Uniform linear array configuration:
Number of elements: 32
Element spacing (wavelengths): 1
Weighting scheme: binomial
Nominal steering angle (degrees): -60
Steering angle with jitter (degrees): -58.594
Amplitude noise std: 0.05
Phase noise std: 0.05

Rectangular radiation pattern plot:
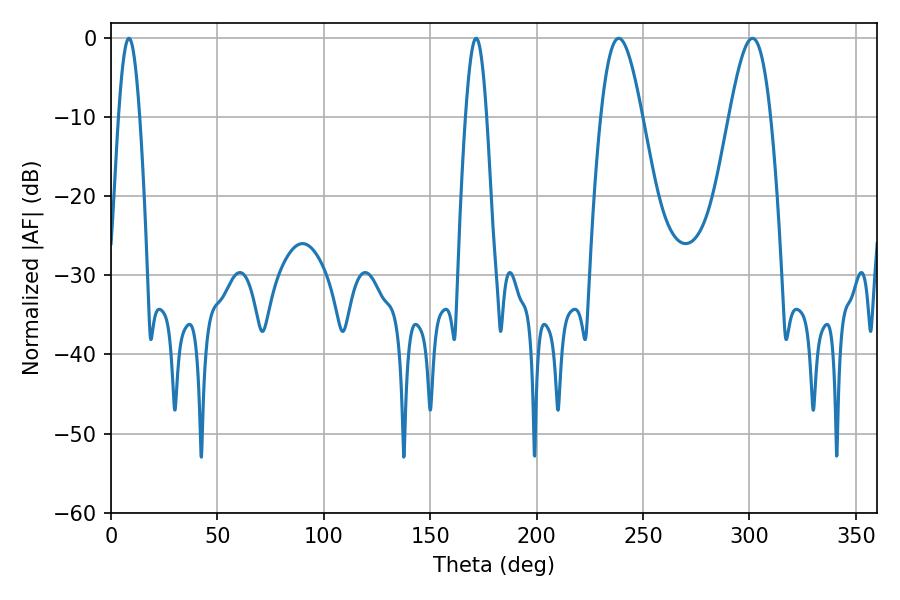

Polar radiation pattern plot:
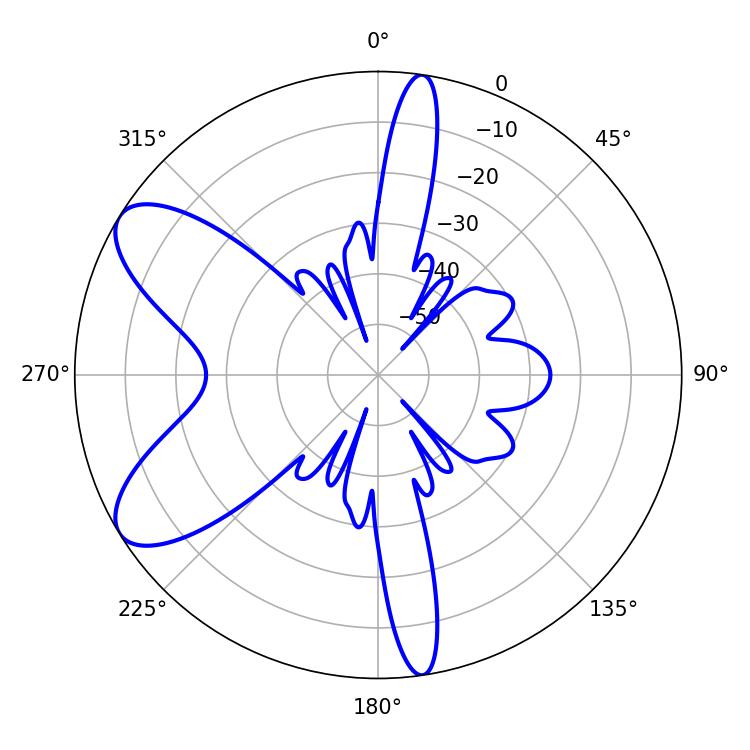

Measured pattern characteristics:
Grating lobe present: TRUE
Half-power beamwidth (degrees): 5.4
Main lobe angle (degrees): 8.46